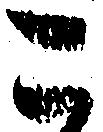
こ